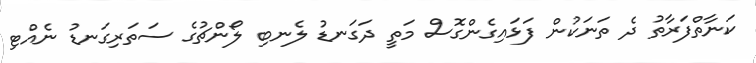
ކަނާތްފަރާތު ދެ ތަނަކުން ފަޅައިގެންގޮސް މަތީ ދަގަނޑު ލެނބި ލޯންޗުގެ ސަތަރިގަނޑު ނެއްޓި